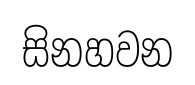
සිනහවන